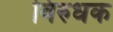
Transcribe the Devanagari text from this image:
विरुधक